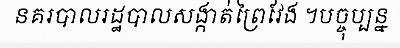
នគរបាលរដ្ឋបាលសង្កាត់ព្រៃវែង ។បច្ចុប្បន្ន